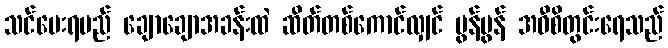
သင်ပေးရမည် ချောချောအခန်းထဲ ဆိတ်တစ်ကောင်လျှင် မွန်မွန် အဝီစိတွင်းရေသည်